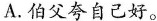
A.伯父夸自己好。